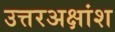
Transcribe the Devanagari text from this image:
उत्तरअक्षांश